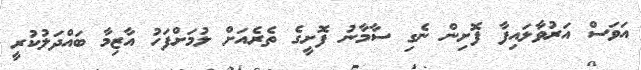
އަވަސް އަރުވާލައިފާ ފޮށިން ނެގި ސާމާނު ފޮށީގެ ތެރެއަށް ލުމަށްފަހު އާޒިމާ ބައްދަލުކުރީ